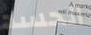
الحسد